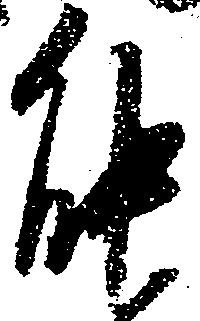
能